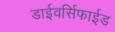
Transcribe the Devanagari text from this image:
डाईवर्सिफाईड